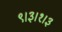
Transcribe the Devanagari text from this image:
९।३।१।३